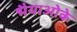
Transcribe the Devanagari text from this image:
भैयाओके